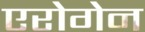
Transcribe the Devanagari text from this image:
एरोगेन